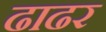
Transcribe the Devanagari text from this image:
ढाढर